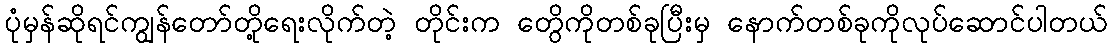
ပုံမှန်ဆိုရင်ကျွန်တော်တို့ရေးလိုက်တဲ့ တိုင်းက တွေိကိုတစ်ခုပြီးမှ နောက်တစ်ခုကိုလုပ်ဆောင်ပါတယ်